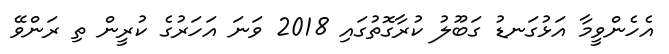
އެހެންވީމާ އަޅުގަނޑު ގަބޫލު ކުރާގޮތުގައި 2018 ވަނަ އަހަރުގެ ކުރީން ތި ރަންވޭ